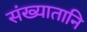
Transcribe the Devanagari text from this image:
संख्यातानि